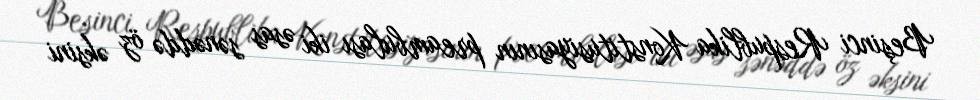
Beşinci Respublika Konstitusiyasının preambulası iki əsas sənəddə öz əksini